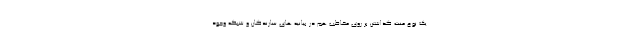
یک نوع منت گذاشتن بر روی مخاطب هم در بیانیه های سازندگان و شبکه وجود